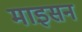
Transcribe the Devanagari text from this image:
माइसन